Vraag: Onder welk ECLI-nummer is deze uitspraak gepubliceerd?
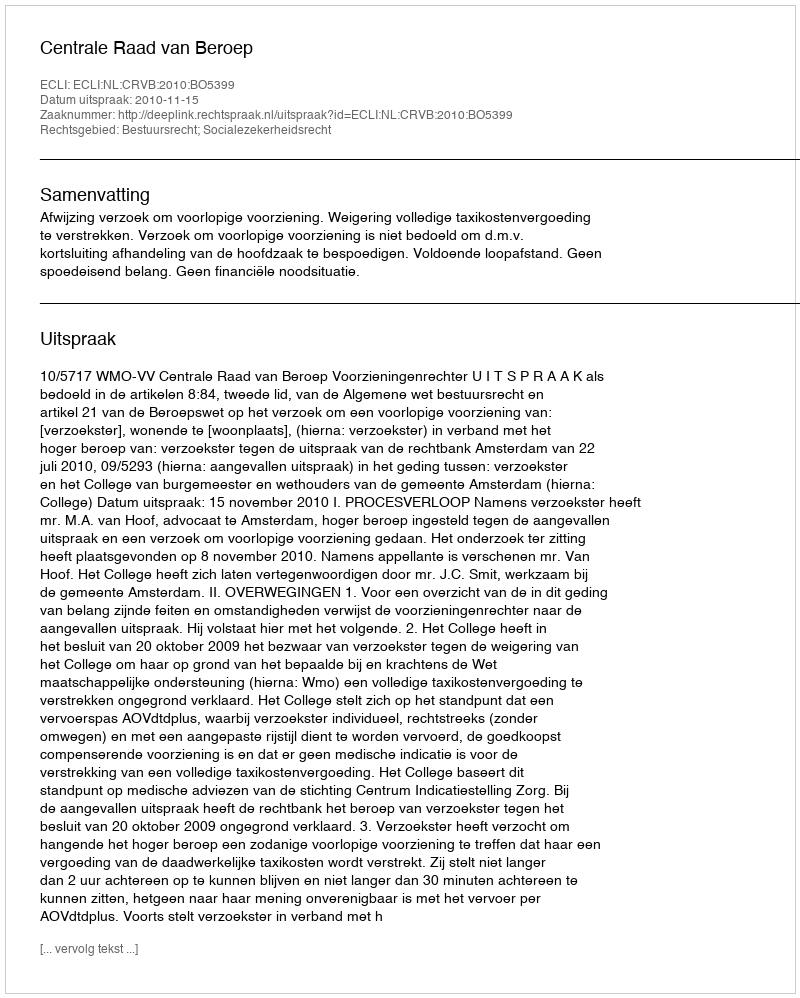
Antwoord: ECLI:NL:CRVB:2010:BO5399